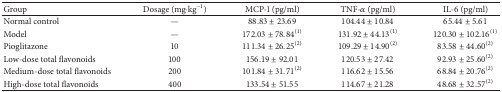
| Group | Dosage (mg·kg−1) | MCP-1 (pg/ml) | TNF-α (pg/ml) | IL-6 (pg/ml) |
 | --- | --- | --- | --- | --- |
 | Normal control | — | 88.83 ± 23.69 | 104.44 ± 10.84 | 65.44 ± 5.61 |
 | Model | — | 172.03 ± 78.84(1) | 131.92 ± 44.13(1) | 120.30 ± 102.16(1) |
 | Pioglitazone | 10 | 111.34 ± 26.25(2) | 109.29 ± 14.90(2) | 83.58 ± 44.60(2) |
 | Low-dose total flavonoids | 100 | 156.19 ± 92.01 | 120.53 ± 27.42 | 92.93 ± 25.60(2) |
 | Medium-dose total flavonoids | 200 | 101.84 ± 31.71(2) | 116.62 ± 15.56 | 68.84 ± 20.76(2) |
 | High-dose total flavonoids | 400 | 133.54 ± 51.55 | 114.67 ± 21.28 | 48.68 ± 32.57(2) |